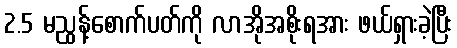
2.5 မညွန့်စောက်ပတ်ကို လာအိုအစိုးရအား ဖယ်ရှားခဲ့ပြီး